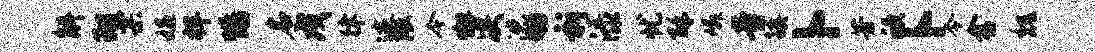
斛翔票媪捍惕名戍律迹隈今懈决沈劬祈渌忧酥嶙音镇卜芳欣卜令舍魏